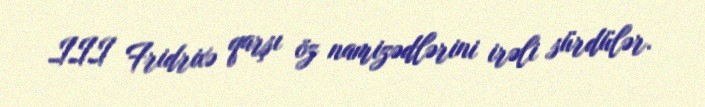
III Fridrixə qarşı öz namizədlərini irəli sürdülər.